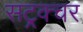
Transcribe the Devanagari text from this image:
सट्रक्चर